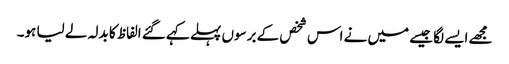
مجھے ایسے لگا جیسے میں نے اس شخص کے برسوں پہلے کہے گئے الفاظ کا بدلہ لے لیا ہو۔